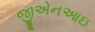
જીએનઆઇ